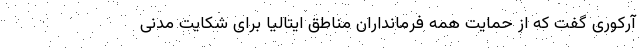
آرکوری گفت که از حمایت همه فرمانداران مناطق ایتالیا برای شکایت مدنی